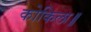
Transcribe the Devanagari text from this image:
कोकिला॥